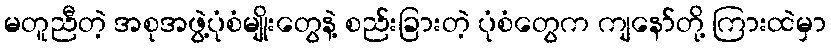
မတူညီတဲ့ အစုအဖွဲ့ပုံစံမျိုးတွေနဲ့ စည်းခြားတဲ့ ပုံစံတွေက ကျနော်တို့ ကြားထဲမှာ